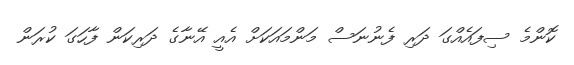
ކޮންމެ ސިފައެއްގަ ދަރި ފެނުނަސް މަންމައަކަށް އެއީ އޭނާގެ ދަރިކަން ފާހަގަ ކުރަން